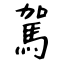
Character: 駕